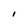
Character: i